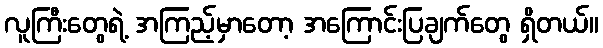
လူကြီးတွေရဲ့ အကြည့်မှာတော့ အကြောင်းပြချက်တွေ ရှိတယ်။